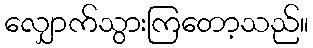
လျှောက်သွားကြတော့သည်။